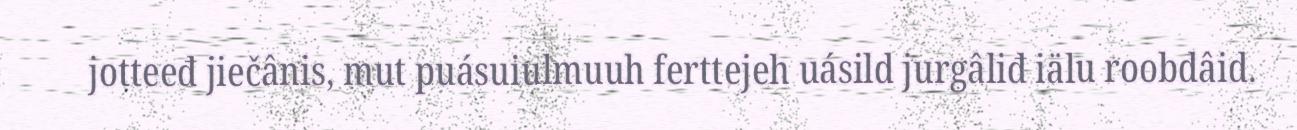
jotteeđ jiečânis, mut puásuiulmuuh ferttejeh uásild jurgâliđ iälu roobdâid.